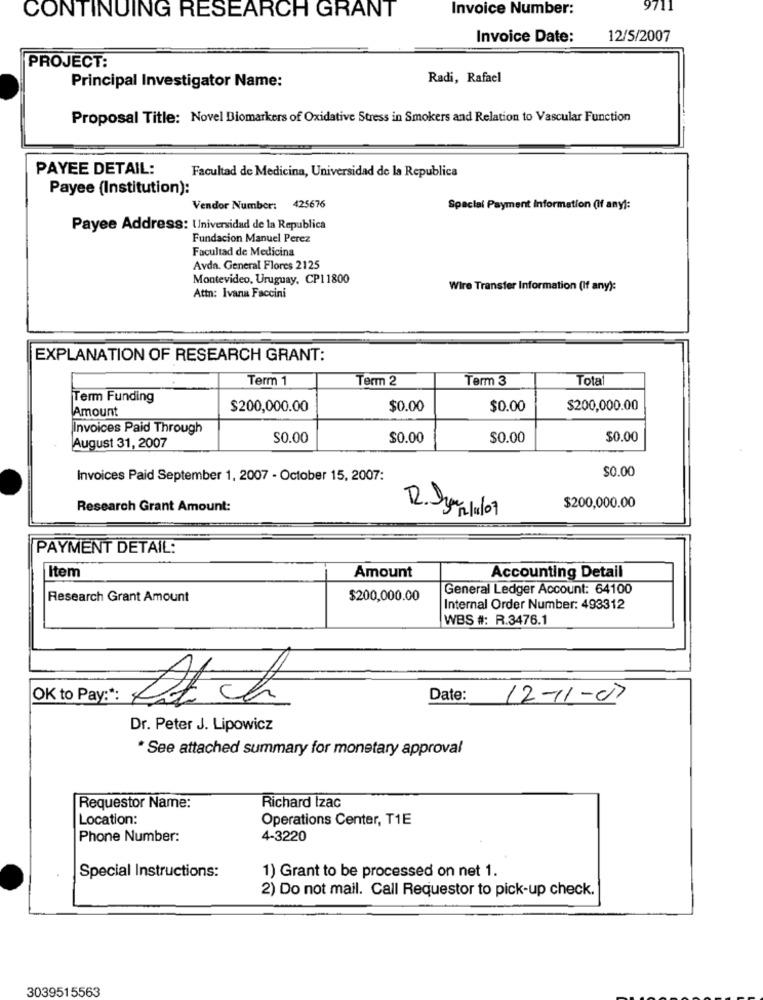
Invoice Number:
9711
CONTINUING RESEARCH GRANT
Invoice Date:
12/5/2007
PROJECT:
Radi, Rafael
Principal Investigator Name:
Proposal Title: Novel Biomarkers of Oxidative Stress in Smokers and Relation to Vascular Function
PAYEE DETAIL:
Facultad de Medicina, Universidad de la Republica
Payee (Institution):
Vendor Number:
425676
Special Payment Information (If any):
Payee Address: Universidad de la Republica
Fundacion Manuel Perez
Facultad de Medicina
Avda. General Flores 2125
Montevideo, Uruguay, CP11800
Attn: Ivana Faccini
Wire Transfer Information (If any):
EXPLANATION OF RESEARCH GRANT:
Term 1
Term 2
Term 3
Total
Term Funding
Amount
$200,000.00
$0.00
$0.00
$200,000.00
Invoices Paid Through
$0.00
$0.00
$0.00
$0.00
August 31, 2007
$0.00
Invoices Paid September 1, 2007 - October 15, 2007:
Research Grant Amount:
$200,000.00
2. Dy nul07
PAYMENT DETAIL:
Item
Amount
Accounting Detail
General Ledger Account: 64100
Research Grant Amount
$200,000.00
Internal Order Number: 493312
WBS #: R.3476.1
OK to Pay :*: 4
Date:
12-11-07
Dr. Peter J. Lipowicz
* See attached summary for monetary approval
Requestor Name:
Richard Izac
Location:
Operations Center, T1E
Phone Number:
4-3220
Special Instructions:
1) Grant to be processed on net 1.
2) Do not mail. Call Requestor to pick-up check.
3039515563